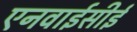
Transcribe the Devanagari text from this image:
एनवाईसीई